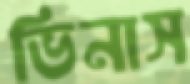
ভিনাস